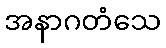
အနာဂတံသေ